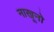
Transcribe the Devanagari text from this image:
नाखूनो